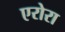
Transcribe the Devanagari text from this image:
एरोरा